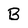
Character: B